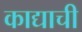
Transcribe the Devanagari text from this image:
काद्याची